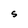
Character: S